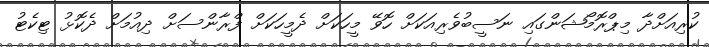
ކުރިއަށްދާ މިޕްރޮމޯޝަންގައި ނަސީބުވެރިއަކަށް ހޮވޭ މީހަކަށް ދެމީހަކަށް ފްރާންސަށް ދިއުމަށް ދެކޮޅު ޓިކެޓު